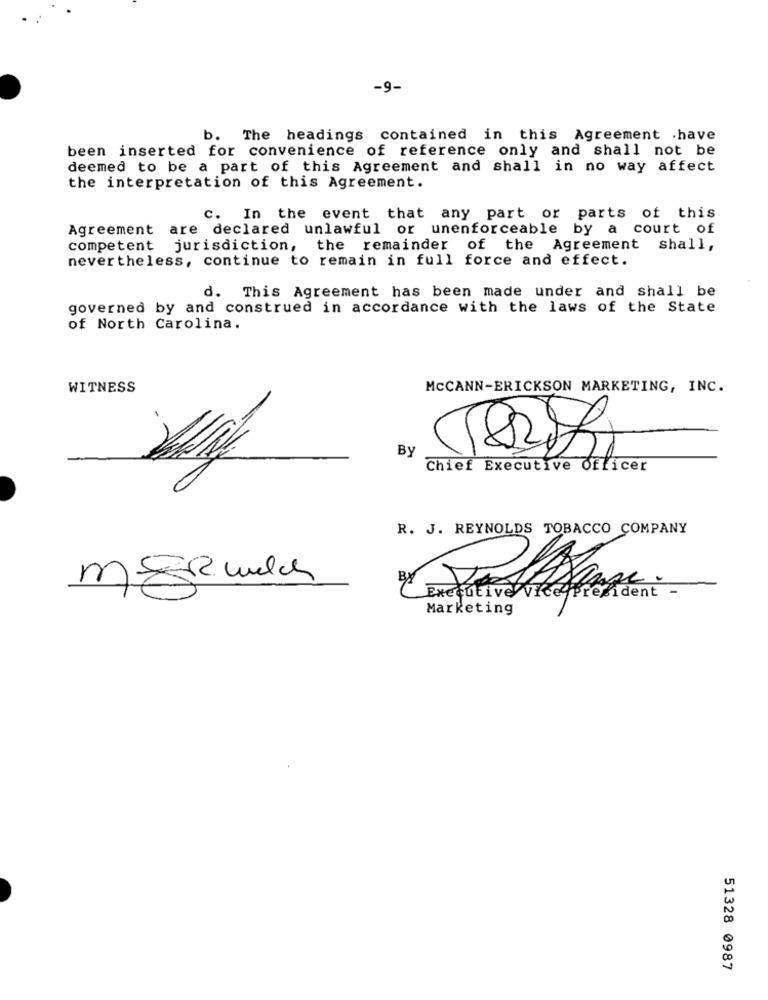
-9-
b. The headings contained in this Agreement .have
been inserted for convenience of reference only and shall not be
deemed to be a part of this Agreement and shall in no way affect
the interpretation of this Agreement.
C. In the event that any part or parts of this
Agreement are declared unlawful or unenforceable by a court of
competent jurisdiction, the remainder of the Agreement shall,
nevertheless, continue to remain in full force and effect.
d. This Agreement has been made under and shall be
governed by and construed in accordance with the laws of the State
of North Carolina.
WITNESS
MCCANN-ERICKSON MARKETING, INC.
BY
Chief Executive Officer
R. J. REYNOLDS TOBACCO COMPANY
By
President
Marketing
51328 0987